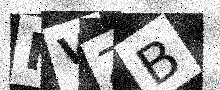
Text: FVZB